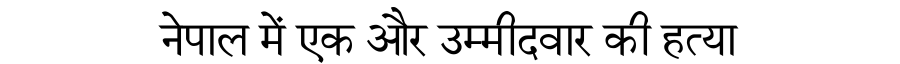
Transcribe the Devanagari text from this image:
नेपाल में एक और उम्मीदवार की हत्या